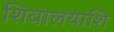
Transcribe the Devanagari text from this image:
शिवालयाशि